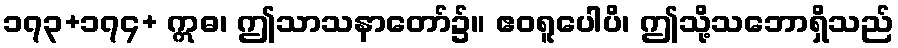
၁၇၃+၁၇၄+ ဣဓ၊ ဤသာသနာတော်၌။ ဧဝရူပေါပိ၊ ဤသို့သဘောရှိသည်